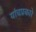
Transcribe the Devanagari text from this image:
यांचप्रकारे